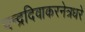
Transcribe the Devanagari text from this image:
चन्द्रदिवाकरनेत्रधरे